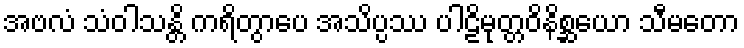
အဗလံ သံဝါသန္တိ ကရိတွာပေ အသိပ္ပဿ ပါဠိမုတ္တဝိနိစ္ဆယော သီမတော